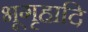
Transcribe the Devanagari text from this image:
भूगृहादि